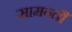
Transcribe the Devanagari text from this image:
सामन्तौं